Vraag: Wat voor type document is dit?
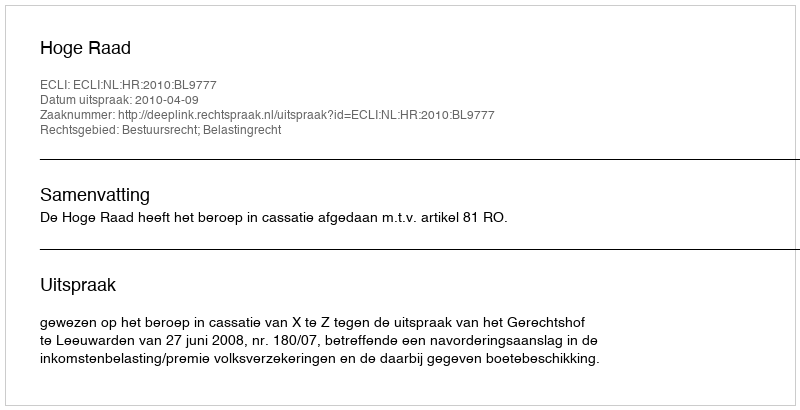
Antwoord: Uitspraak